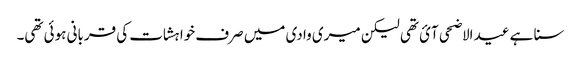
سنا ہے عید الاضحی آئ تھی لیکن میری وادی میں صرف خواہشات کی قربانی ہوئی تھی۔